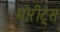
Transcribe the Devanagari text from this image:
मोरीट्स